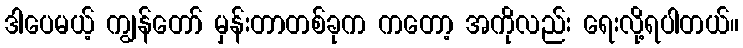
ဒါပေမယ့် ကျွန်တော် မှန်းတာတစ်ခုက ကတော့ အကိုလည်း ရေးလို့ရပါတယ်။